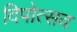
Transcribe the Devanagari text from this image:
दिपोत्सव